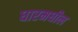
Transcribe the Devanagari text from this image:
धारमधील